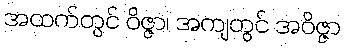
အထက်တွင် ဝိဇ္ဇာ၊ အကျတွင် အဝိဇ္ဇာ